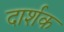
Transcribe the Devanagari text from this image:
दार्शक